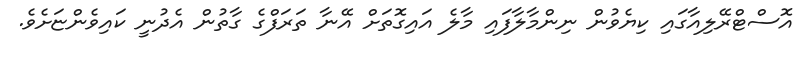
އޮސްޓްރޭލިއާގައި ކިޔެވުން ނިންމާލާފައި މާލެ އައިގޮތަށް އޭނާ ތަރަފްގެ ގާތުން އެދުނީ ކައިވެންޏަށެވެ.